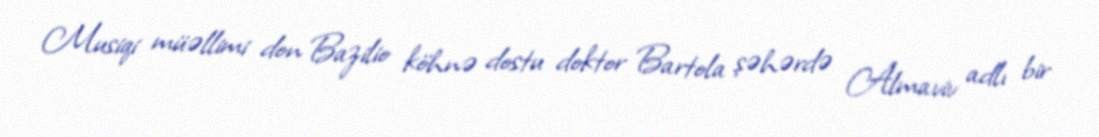
Musiqi müəllimi don Bazilio köhnə dostu doktor Bartola şəhərdə Almaviv adlı bir